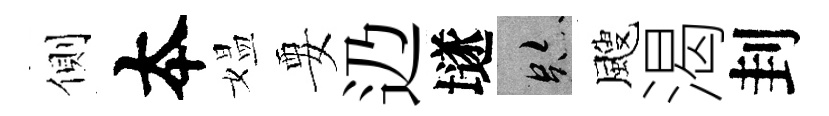
側夲媪要辸𡑞跡颼渴刲